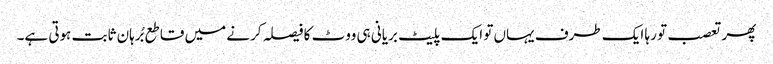
پھر تعصب تو رہا ایک طرف یہاں تو ایک پلیٹ بریانی ہی ووٹ کا فیصلہ کرنے میں قاطع بُرہان ثابت ہوتی ہے۔